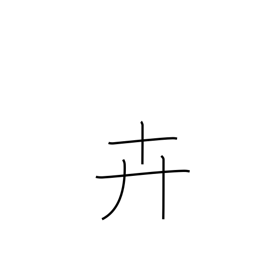
Meaning: grass